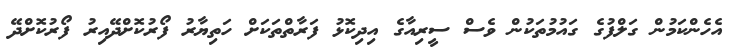
އެހެންކަމުން ގަލްފުގެ ގައުމުތަކުން ވެސް ސީރިއާގެ އިދިކޮޅު ފަރާތްތަކަށް ހަތިޔާރު ފޯރުކޮށްދޭއިރު ފޯރުކޮށްދޭ